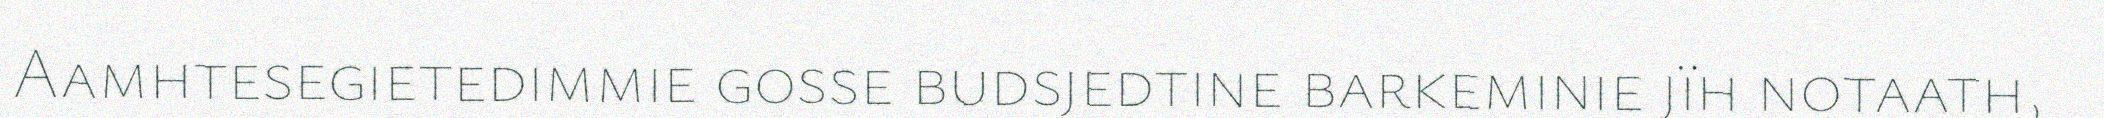
Aamhtesegietedimmie gosse budsjedtine barkeminie jïh notaath,